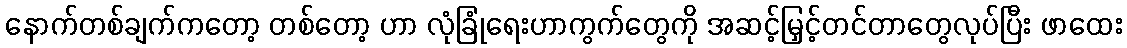
နောက်တစ်ချက်ကတော့ တစ်တော့ ဟာ လုံခြုံရေးဟာကွက်တွေကို အဆင့်မြှင့်တင်တာတွေလုပ်ပြီး ဖာထေး